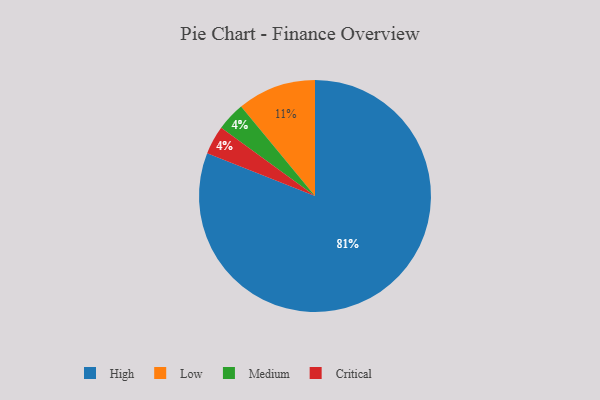
{"axis": {"x": "Category", "y": "Percentage"}, "legend": ["Critical", "High", "Low", "Medium"], "data": [{"x": "Low", "y": 11, "type": "Low"}, {"x": "High", "y": 81, "type": "High"}, {"x": "Medium", "y": 4, "type": "Medium"}, {"x": "Critical", "y": 4, "type": "Critical"}]}